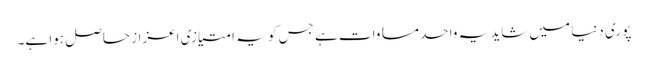
پوری دنیا میں شاید یہ واحد مساوات ہے جس کو یہ امتیازی اعزاز حاصل ہوا ہے۔